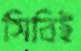
সিবিই